[Report on the health of British troops in the Madras command]
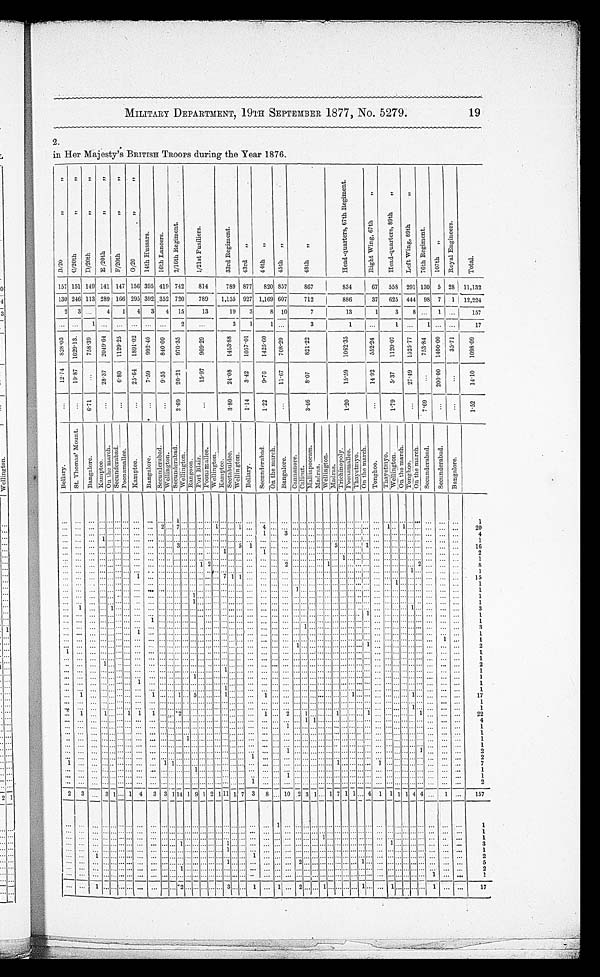
MILITARY DEPARTMENT, 19TH SEPTEMBER 1877, No. 5279.
19
2.
in Her Majesty's BRITISH TROOPS during the Year 1876.
B / 2 0 " "
C / 2 0 t h " "
D / 2 0 t h " "
E / 2 0 t h " "
F / 2 0 t h " "
G / 2 0 " "
1 4 t h H u s s a r s .
1 6 t h L a n c e r s .
2 / 1 6 t h R e g i m e n t .
1 / 2 1 s t F u s i l i e r s .
3 3 r d R e g i m e n t .
43r d "
4 4 t h "
4 5 t h "
4 8 t h "
H e a d - q u a r t e r s , 6 7 t h R e g i m e n t .
R i g h t W i n g , 6 7 t h "
H e a d - q u a r t e r s , 8 9 t h " L e f t W i n g , 8 9 t h "
7 6 t h R e g i m e n t .
1 0 7 t h "
R o y a l E n g i n e e r s .
T o t a l
1 5 7 151 149 141 147 1 5 6 395 419 742
8 1 4
7 8 9877
8 2 0 857
8 6 7 8 3 4
67
5 5 8 2 9 1 130 5 2 8
1 1 , 1 3 2
1 3 0 246 113 289 166 2 9 5392 352 720
7 8 9
1 , 1 5 5 927
1 , 1 6 9 607
7 1 2 8 8 6
37
6 2 5 444 98 7
1 1 2 , 2 2 4
2 3 . . .
4
1 4
3 4
1 5
1 3
1 9 3 8 1 0
7
1 3
1
3
8 ... 1
. . .
1 5 7
. . . ...
1 ...
. . . . . . . . . ...
2
. . .
3
1 1 ...3
1
... 1
. . .
1 ...
. . .
1 7
8 2 8 . 0 3 1 6 2 9 . 1 3 758. 30 2 0 4 9 . 6 4 1129. 25 1 8 9 1 . 0 2 992. 40 840. 09 970. 35
969. 29
1 4 6 3 . 8 8
1057. 01 1 4 2 5 . 6 0 708.20 821. 22
1 0 6 2 . 3 5
552. 24 1 1 2 0 . 0 7 1 5 2 5 . 7 7 753. 84 1 4 0 0 . 0 0 3 5 . 7 1 1098. 09
1 2 . 7 4 19. 87 ... 28. 37 6.80 2 5 . 6 4 7.59 9.55 20. 21
15. 97
24. 08 3.42
9 . 7 6
11.67
8. 07
15. 59
14. 92 5.37 27. 49 ...
200. 00
. . .
14. 10
. . .
...
6.71 ... ... . . . ... ...
2.67
...
3.80 1.14
1 . 2 2
...
3.46
1 . 2 0
...
1.79
. . . 7. 69 ... . . . 1.52
B e l l a r y .
S t . T h o m a s ' M o u n t .
B a n g a l o r e .
K a m p t e e .
O n t e m a r c h . S e c u n d e r a b a d .
P o o n a m a l l e e .
K a m p t e e .
B a n g a l o r e .
S e c u n d e r a b a d . W e l l i n g t o n .
S e c u n d e r a b a d .
W e l l i n g t o n . R a n g o o n .
P o r t B l a i r .
P o o n a m a l l e e . W e l l i n g t o n .
K a m p t e e .
S e c u n d e r a b a d . W e l l i n g t o n .
B e l l a r y .
S e c u n d e r a b a d . O n t h e m a r c h .
B a n g a l o r e . C a n n a n o r e .
C a c l i c u t .
M a l l i a p o o r a m .
M a d r a s .
W e l l i n g t o n .
M a d r a s .
T r i c h i n o p o l y .
P o o n a m a l l e e . T h a y e t m y o .
O n t h e m a r c h .
T o n g h o o .
T h a y e t m y o .
W e l l i n g t o n .
O n t h e m a r c h .
T o n g h o o .
O n t h e m a r c h . S e c u n d e r a b a d .
S e c u n d e r a b a d .
B a n g a l o r e .
. . .
...
. . . . . . . . . . . . . . . . . . . . .
... . . . 1 . . . . . . . . . . . . . . . . . . . . . . . . . . . . . .
... . . . . . . . . .
... . . . . . . . . .
... . . . . . . . . . . . . . . . . . . . . .
... . . . . . . . . . . . .
1
. . .
...
. . . . . . . . . . . . . . . . . . . . . . . .
... 2 . . . 7 . . . . . . . . . . . . 1 . . . . . . 1 . . . 4
. . . . . . . . .
... . . . . . . . . . ... . . . . . . . . . . . . 1 . . . 1 ... . . . . . . . . . . . .
2 0
. . . ... . . . . . . . . . . . . . . . . . . . . . ... . . . . . . . . . . . . . . . . . . . . . . . . . . . . . . . . . . . . 1 . . . 3 . . .
... . . . . . . . . . ... . . . . . . . . . . . . . . . . . . . . .
... . . . . . . . . . . . .
4
. . .
...
. . . 1 . . . . . . . . . . . . . . . ... . . . . . . . . . . . . . . . . . . . . . . . . . . . . . . . . . . . . . . . ... . . . . . . . . .
... . . . . . . . . . ... . . . . . . . . . . . . . . . . . . . . . ... . . . . . . . . . . . .
1
. . . ... . . . . . . . . . . . . . . . . . . . . .
... . . . 3 . . . . . . . . . . . . . . . . . . . . . 5 1 ... . . . . . . . . .
... . . . . . . 5 ... . . . . . . 1
. . . . . . . . . . . . ... . . . . . . . . . . . .
1 6
. . .
...
. . . . . . . . . . . . . . . . . . . . .
... . . . . . . . . . . . . . . . . . . . . . . . . 1 . . . . . . . . .
1
. . . . . . . . .
... . . . . . . ... . . . . . . . . . . . . . . . . . . . . .
... . . . . . . . . . . . .
2
. . . ... . . . . . . . . . . . . . . . . . . . . . ... . . . . . . . . . . . . . . . . . . . . . . . . . . . . . . . . . . . . ... . . . . . . . . .
... . . . . . . . . .
1 . . . . . . . . . . . . . . . . . . . . .
... . . . . . . . . . . . .
1
. . .
...
. . . . . . . . . . . . . . . . . . . . .
... . . . . . . . . . . . . 1 2 . . . . . . . . . . . . . . . . . .
... 2 . . . . . .
... . . . 1 . . .
... . . . . . . . . . . . . . . . . . . . . .
... 2 . . . . . . . . .
8
. . . ...
. . . . . . . . . . . . . . . . . . . . .
... . . . . . . . . . . . . . . . . . . . . . . . . . . . . . . . . . . . .
... . . . . . . . . .
... . . . . . . . . .
... . . . . . . . . . . . . . . . . . . . . . 1 . . .
. . . . . . . . .
1
. . .
...
. . . . . . . . . . . . . . . 1 . . .
... . . . . . . . . . . . . . . . . . . . . . 7 1 1 . . . . . .
... . . . . . . . . .
... . . . . . . . . . ... . . . . . . . . . . . . . . . . . . . . . ... . . . . . . . . . . . .
1 5
. . . ...
. . . . . . . . . . . . . . . . . . . . . ... . . . . . . . . . . . . . . . . . . . . . . . . . . . . . . . . . . . . ... . . . . . . . . .
... . . . . . . . . .
... . . . . . . . . . . . . . . . 1 . . .
... . . . . . . . . . . . .
1
. . .
...
. . . . . . . . . . . . . . . . . . . . .
... . . . . . . . . . . . . . . . . . . . . . . . . . . . . . . . . . . . .
... . . . 1 . . .
... . . . . . . . . .
... . . . . . . . . . . . . . . . . . . . . .
... . . . . . . . . . . . .
1
. . .
...
. . . . . . . . . . . . . . . . . . . . .
... . . . . . . . . . 1 . . . . . . . . . . . . . . . . . . . . . . . .
... . . . . . . . . .
... . . . . . . . . .
... . . . . . . . . . . . . . . . . . . . . .
... . . . . . . . . . . . .
1
. . . ... . . . . . . . . . . . . . . . . . . . . .
... . . . . . . . . . 1 . . . . . . . . . . . . . . . . . . . . . . . .
... . . . . . . . . .
... . . . . . . . . .
... . . . . . . . . . . . . . . . . . . . . .
... . . . . . . . . . . . .
1
. . . 1 . . . . . . 1 . . . . . . . . . . . .
... . . . . . . . . . . . . . . . . . . . . . . . . . . . . . . . . . . . .
... . . . . . . . . .
... . . . . . . . . .
... . . . . . . . . . . . . . . . . . . . . .
1 . . . . . . . . . . . .
3
. . . ... . . . . . . . . . . . . . . . . . . . . .... . . . . . . . . . . . . . . . . . . . . . . . . . . . . . . . . . . . . ... . . . . . . . . .
... . . . . . . . . . ... . . . . . .
1 . . . . . . . . . . . . ... . . . . . . . . . . . .
1
. . . ... . . . . . . . . . . . . . . . . . . 1 ... . . . . . . . . . . . . . . . . . . . . . . . . . . . . . . . . . . . .
... . . . . . . . . .
... . . . . . . . . .
... . . . . . . . . . . . . . . . . . . . . .
... . . . . . . . . . . . .
1
. . . ... . . . . . . . . . . . . . . . . . . . . .... . . . . . . . . . . . . . . . . . . . . . . . . . . . . . . . . . . . . ... . . . . . . 1 ... . . . . . . . . .
... . . . . . . . . . . . . . . . . . . . . .
... . . . . . . . . . . . .
3
. . .
...
. . . . . . . . . . . . . . . 1 . . .
... . . . . . . . . . . . . . . . . . . . . . . . . . . . . . . . . . . . .
... . . . . . . . . .
... . . . . . . . . .
... . . . . . . . . . . . . . . . . . . . . .
... . . . . . . . . . . . .
1
. . .
...
. . . . . . . . . . . . . . . . . . . . . ... . . . . . . . . . . . . . . . . . . . . . . . . . . . . . . . . . . . . ... . . . . . . . . .
... . . . . . . . . . ... . . . . . . . . . . . . . . . . . . . . .
... . . . . . . 1 . . .
1
. . . ...
. . . . . . . . . . . . . . . . . . . . .
... . . . . . . . . . . . . . . . . . . . . . . . . . . . . . . . . . . . .
... . . . 1 . . .
... . . . . . . . . .
... . . . . . . 1 . . . . . . . . . . . . ... . . . . . . . . . . . .
2
1 ...
. . . . . . . . . . . . . . . . . . . . .
... . . . . . . . . . . . . . . . . . . . . . . . . . . . . . . . . . . . .
... . . . . . . . . .
... . . . . . . . . .
... . . . . . . . . . . . . . . . . . . . . .
... . . . . . . . . . . . .
1
. . .
...
. . . . . . . . . . . . . . . . . . . . . ... . . . . . . . . . . . . . . . . . . . . . . . . . . . . . . . . . . . . ... . . . . . . . . .
... . . . . . . . . . ... . . . . . . . . . . . . . . . . . . . . . ... . . . . . . . . . . . .
1
. . . ...
. . . 1 . . . . . . . . . . . . . . . ... . . . . . . . . . . . . . . . . . . . . . . . . . . . . . . . . . . . . ... . . . . . . . . .
... . . . . . . . . . ... . . . . . . . . . . . . . . . . . . . . . ... . . . . . . . . . . . .
2
. . . ...
. . . . . . . . . . . . . . . . . . . . . ... . . . . . . . . . . . . . . . . . . . . . . . . 1 . . . . . . . . .
... . . . . . . . . .
... . . . . . . . . . ... . . . . . . . . . . . . . . . . . . . . . ... . . . . . . . . . . . .
1
. . ....
. . . . . . . . . . . . . . . . . . . . .
... . . . . . . . . . . . . 1 . . . . . . . . . . . . . . . . . . . . .
... . . . . . . . . .
... . . . . . . . . .
... . . . . . . . . . . . . . . . . . . . . . ... . . . . . . . . . . . .
1
. . .
...
. . . . . . . . . . . . . . . 1 . . .
... . . . . . . . . . . . . . . . . . . . . . . . . . . . . . . . . . . . .
... . . . . . . . . .
... . . . . . . . . .
... . . . . . . . . . . . . . . . . . . . . .
... . . . . . . . . . . . .
1
. . .
...
. . . . . . . . . . . . . . . . . . . . . ... . . . . . . . . . . . . . . . . . . . . . . . . 1 . . . . . .
. . .
... . . . . . . . . .
... . . . . . . . . .
... . . . . . . . . . . . . . . . . . . . . . ... . . . . . . . . . . . .
1
. . .
1
. . . . . . . . . . . . . . . . . . 1 ... . . . 1 . . . 5 . . . . . . . . . 1 . . . . . . . . . 1 ... . . . . . . . . .
... . . . . . . . . . 1 . . . . . . . . . . . . . . . . . . . . .
1 . . . . . . . . . . . .
1 7
. . . ... . . . . . . . . . . . . . . . . . . . . . ... . . . . . . . . . . . . . . . . . . . . . . . . . . . . . . . . . . . . ... . . . . . . . . .
... . . . . . . . . . ... . . . . . . . . . . . . . . . . . . . . . ... . . . . . . . . . . . .
1
. . .
...
. . . . . . . . . . . . . . . . . . . . . ... . . . . . . . . . . . . . . . . . . . . . . . . . . . . . . . . . . . . ... . . . . . . . . .
... . . . . . . . . . ... . . . . . . . . . . . . . . . . . . . . .
1 . . . . . . . . . . . .
1
. . .
1
. . . 1 . . . . . . 1 1 1 ... . . . 2 . . . . . . . . . . . . . . . . . . . . . . . . . . . 1 ... 2 . . . 1 ... . . . . . . 1 ... . . . . . . 1 . . . . . . . . . . . .
... 1 . . . . . . . . .
2 2
. . .
...
. . . . . . . . . . . . . . . . . . . . .
... . . . . . . . . . . . . . . . . . . . . . . . . . . . . . . . . . . . .
... . . . . . . 1 1 . . . . . . . . .
... . . . . . . . . . . . . . . . . . . . . .
... . . . . . . . . . . . .
4
. . ....
. . . . . . . . . . . . . . . . . . . . .
... . . . . . . . . . . . . . . . . . . . . . . . . . . . . . . . . . . . .
... 1 . . . . . .
... . . . . . . . . .
... . . . . . . . . . . . . . . . . . . . . .
... . . . . . . . . . . . .
1
. . . ...
. . . . . . . . . . . . . . . . . . . . . ... . . . . . . . . . . . . . . . . . . . . . . . . . . . . . . . . . . . . . . . ... . . . . . . . . .
... . . . . . . . . . ... . . . . . . . . . . . . . . . . . . . . . ... . . . . . . . . . . . .
1
. . . ...
. . . . . . . . . . . . . . . . . . . . .
... . . . . . . 1 . . . . . . . . . . . . . . . . . . . . . . . . . . .
... . . . . . . . . .
... . . . . . . . . .
... . . . . . . . . . . . . . . . . . . . . .
... . . . . . . . . . . . .
1
. . .
...
. . . . . . . . . . . . . . . . . . . . . ... . . . . . . . . . . . . . . . . . . . . . . . . . . . . . . . . . . . . ... . . . . . . . . .
... . . . . . . . . . ... . . . . . . . . . . . . . . . . . . . . .
... . . . . . . . . . . . .
1
. . . ...
. . . . . . . . . . . . . . . . . . . . . ... . . . . . . . . . . . . . . . . . . . . . . . . . . . . . . . . . . . . ... 1 . . . . . .
... . . . . . . . . .
... . . . . . . . . . . . . . . . . . . . . . ... 1 . . . . . . . . .
2
. . . ...
. . . . . . . . . . . . . . . . . . . . . ... . . . . . . . . . . . . . . . . . . . . . . . . . . . . . . 1 . . . ... . . . . . . . . .
... . . . . . . . . .
... . . . . . . . . . . . . . . . . . . . . .
... . . . . . . . . . . . .
2
1 ...
. . . . . . . . . . . . . . . . . . . . .
1 1 . . . . . . . . . . . . . . . . . . . . . . . . . . . . . . . . .
... . . . . . . . . .
... . . . . . . . . . ... . . . . . . 1 . . . . . . . . . . . . ... . . . . . . . . . . . .
7
. . . ...
. . . . . . . . . . . . . . . . . . . . .
... . . . . . . . . . 1 . . . . . . . . . . . . . . . . . . . . . . . .
... . . . . . . . . .
... . . . . . . . . .
... . . . . . . . . . . . . . . . . . . . . .
... . . . . . . . . . . . .
1
. . . ...
. . . . . . . . . . . . . . . . . . . . . ... . . . . . . . . . . . . . . . . . . . . . . . . . . . . . . . . . . . . ... 1 . . . . . .
... . . . . . . . . . ... . . . . . . . . . . . . . . . . . . . . .
... . . . . . . . . . . . .
1
. . . ... . . . . . . . . . . . . . . . . . . . . . ... . . . . . . . . . . . . . . . . . . . . . . . . . . . . . . 1 . . . ... . . . . . . . . .
... . . . . . . . . . ... . . . . . . . . . . . . . . . . . . . . .
... . . . . . . . . . . . .
2
2 3 . . . 3 1 . . . 1 4 3 3 1
1 4 1 9 1 2 1 1 1 1 7 3 8 ... 1 0 2 3 1 . . . 1 7 1 1 . . . 4 1 1 1 1 4 4 . . . 1 . . .
1 5 7
. . .
...
. . .
. . . . . .
. . .
. . . . . . . . .
... . . . . . . . . . . . . . . . . . . . . . . . . . . . . . . . . . . . .
1
. . . . . . . . .
... . . . . . . . . .
... . . . . . . . . . . . . . . . . . . . . .
... . . . . . . . . . . . .
1
. . . ... . . . . . . . . . . . . . . . . . . . . . ... . . . . . . . . . . . . . . . . . . . . . . . . . . . . . . . . . . . .
... . . . . . . . . .
... . . . . . . . . .
... . . . . . . . . . . . . . . . . . . . . .
... . . . . . . . . . . . .
1
. . . ...
. . . . . . . . . . . . . . . . . . . . . ... . . . . . . . . . . . . . . . . . . . . . . . . . . . . . . . . . . . . ... . . . . . . . . . ... 1 . . . . . . ... . . . . . . . . . . . . . . . . . . . . . ... . . . . . . . . . . . .
1
. . .
...
. . . . . . . . . . . . . . . . . . . . . ... . . . 1 . . . . . . . . . . . . . . . 1 . . . . . . . . . . . . ... . . . . . . . . . ... . . . . . . . . . ... . . . . . . . . . . . . 1 . . . . . .
... . . . . . . . . . . . .
3
. . . ... . . . . . . . . . . . . . . . . . . . . . ... . . . . . . . . . . . . . . . . . . . . . 1 . . . . . . . . . . . . ... . . . . . . . . . ... . . . . . . . . . ... . . . . . . . . . . . . . . . . . . . . .
... . . . . . . . . . . . .
1
. . .
...
1 . . . . . . . . . . . . . . . . . .
... . . . . . . . . . . . . . . . . . . . . . . . . . . . . . . 1 . . .
... . . . . . . . . .
... . . . . . . . . .
... . . . . . . . . . . . . . . . . . . . . .... . . . . . . . . . . . .
2
. . .
...
. . . . . . . . . . . . . . . . . . . . .
... . . . . . . . . . . . . . . . . . . . . . 1 . . . . . . . . . . . . ... . . . 2 . . .
... . . . . . . . . . ... . . . 1 . . . . . . . . . . . . . . . ... . . . . . . . . . . . .
5
. . .
...
. . . . . . . . . . . . . . . . . . . . .
... . . . 1 . . . . . . . . . . . . . . . . . . . . . . . . . . . . . .
... . . . . . . . . .
... . . . . . . . . .
... . . . . . . . . . . . . . . . . . . . . .
... . . . . . . . . . . . .
2
. . . ...
. . . . . . . . . . . . . . . . . . . . .
... . . . . . . . . . . . . . . . . . . . . . . . . . . . . . . . . . . . .
... . . . . . . . . .
... . . . . . . . . .
... . . . . . . . . . . . . . . . . . . . . .
... . . . 1
. . . . . .
1
. . .
...
1 . . .
. . .
. . . . . . . . .
. . .
... . . .
2
. . . . . . . . . . . . . . . 3 . . . . . . 1 . . .
1
. . . 2 . . .
. . .
1 . . . . . .
... . . .
1
. . . . . . 1 . . .
. . .
... . . . 1 . . . . . .
1 7